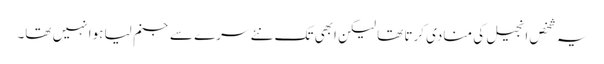
یہ شخص انجیل کی منادی کرتا تھا لیکن ابھی تک نئے سرے سے جنم لیا ہوا نہیں تھا۔